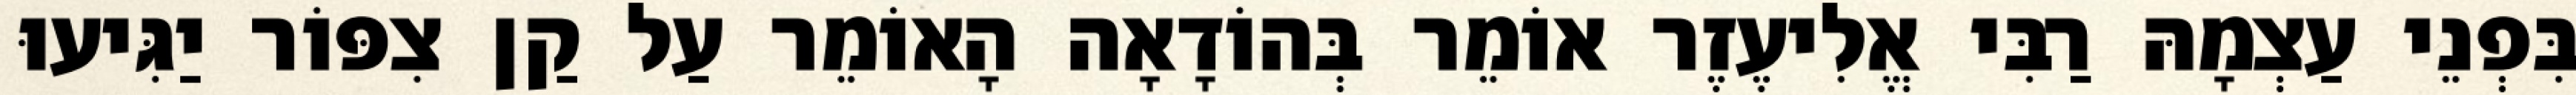
בִּפְנֵי עַצְמָהּ רַבִּי אֱלִיעֶזֶר אוֹמֵר בְּהוֹדָאָה הָאוֹמֵר עַל קַן צִפּוֹר יַגִּיעוּ